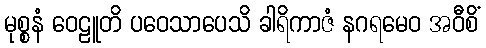
မုစ္စနံ ဝေဠူတိ ပဝေသာပေသိ ခါရိကာဇံ နဂရမေဝ အဝီစိံ